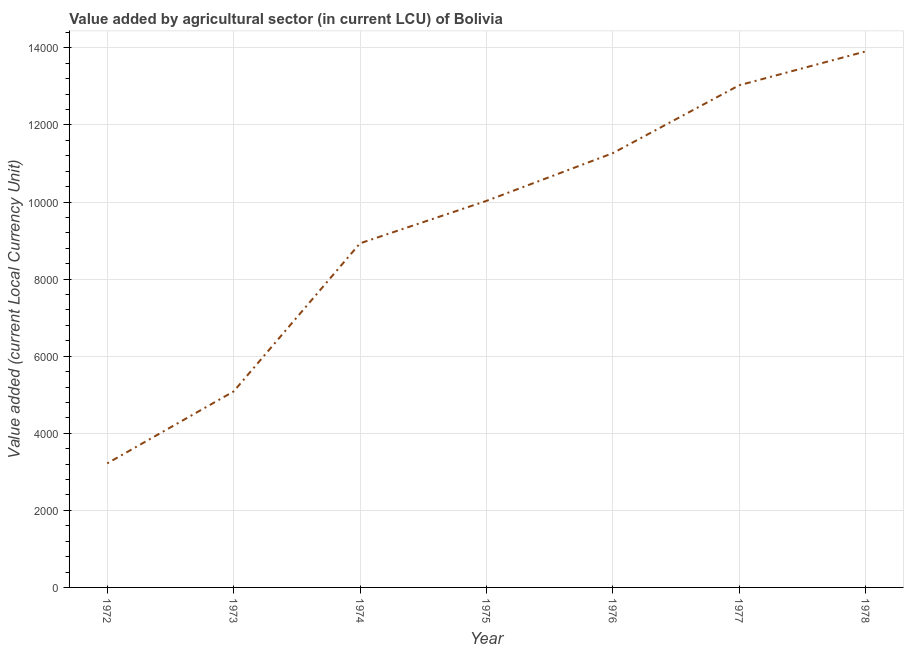
| Year | Agriculture |
 | --- | --- |
 | 1972 | 3.22e+03 |
 | 1973 | 5.08e+03 |
 | 1974 | 8.93e+03 |
 | 1975 | 1e+04 |
 | 1976 | 1.13e+04 |
 | 1977 | 1.3e+04 |
 | 1978 | 1.39e+04 |